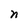
Character: n